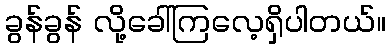
ခွန်ခွန် လို့ခေါ်ကြလေ့ရှိပါတယ်။